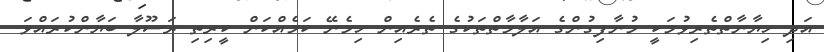
އަދި ހިޔާނާތްތެރިވުމަކީ މުނާފިގުންގެ އަލާމާތްތަކުގެ ތެރެއިން ހިމެނޭ ކަމެއްކަން ކީރިތި ރަސޫލާ ބަޔާންކުރައްވަ